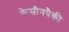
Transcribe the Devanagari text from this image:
केसीनपैकी